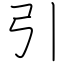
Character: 引